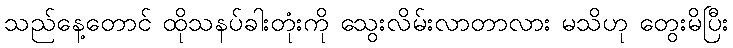
သည်နေ့တောင် ထိုသနပ်ခါးတုံးကို သွေးလိမ်းလာတာလား မသိဟု တွေးမိပြီး